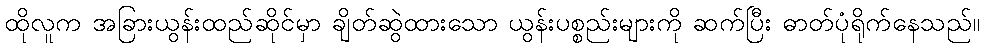
ထိုလူက အခြားယွန်းထည်ဆိုင်မှာ ချိတ်ဆွဲထားသော ယွန်းပစ္စည်းများကို ဆက်ပြီး ဓာတ်ပုံရိုက်နေသည်။